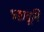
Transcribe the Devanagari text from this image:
भ्रष्टावूनि